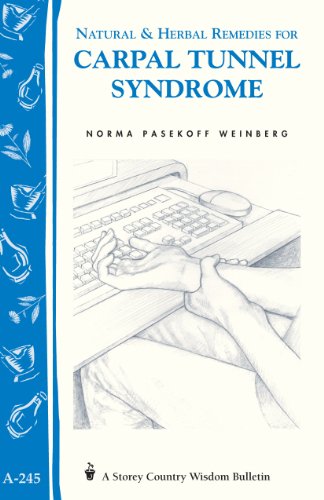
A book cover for Natural & Herbal Remedies for Carpal Tunnel Syndrome: Storey Country Wisdom Bulletin A-245; Norma Pasekoff Weinberg; Health, Fitness & Dieting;